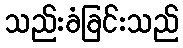
သည်းခံခြင်းသည်